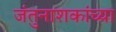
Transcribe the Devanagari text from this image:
जंतुनाशकांच्या